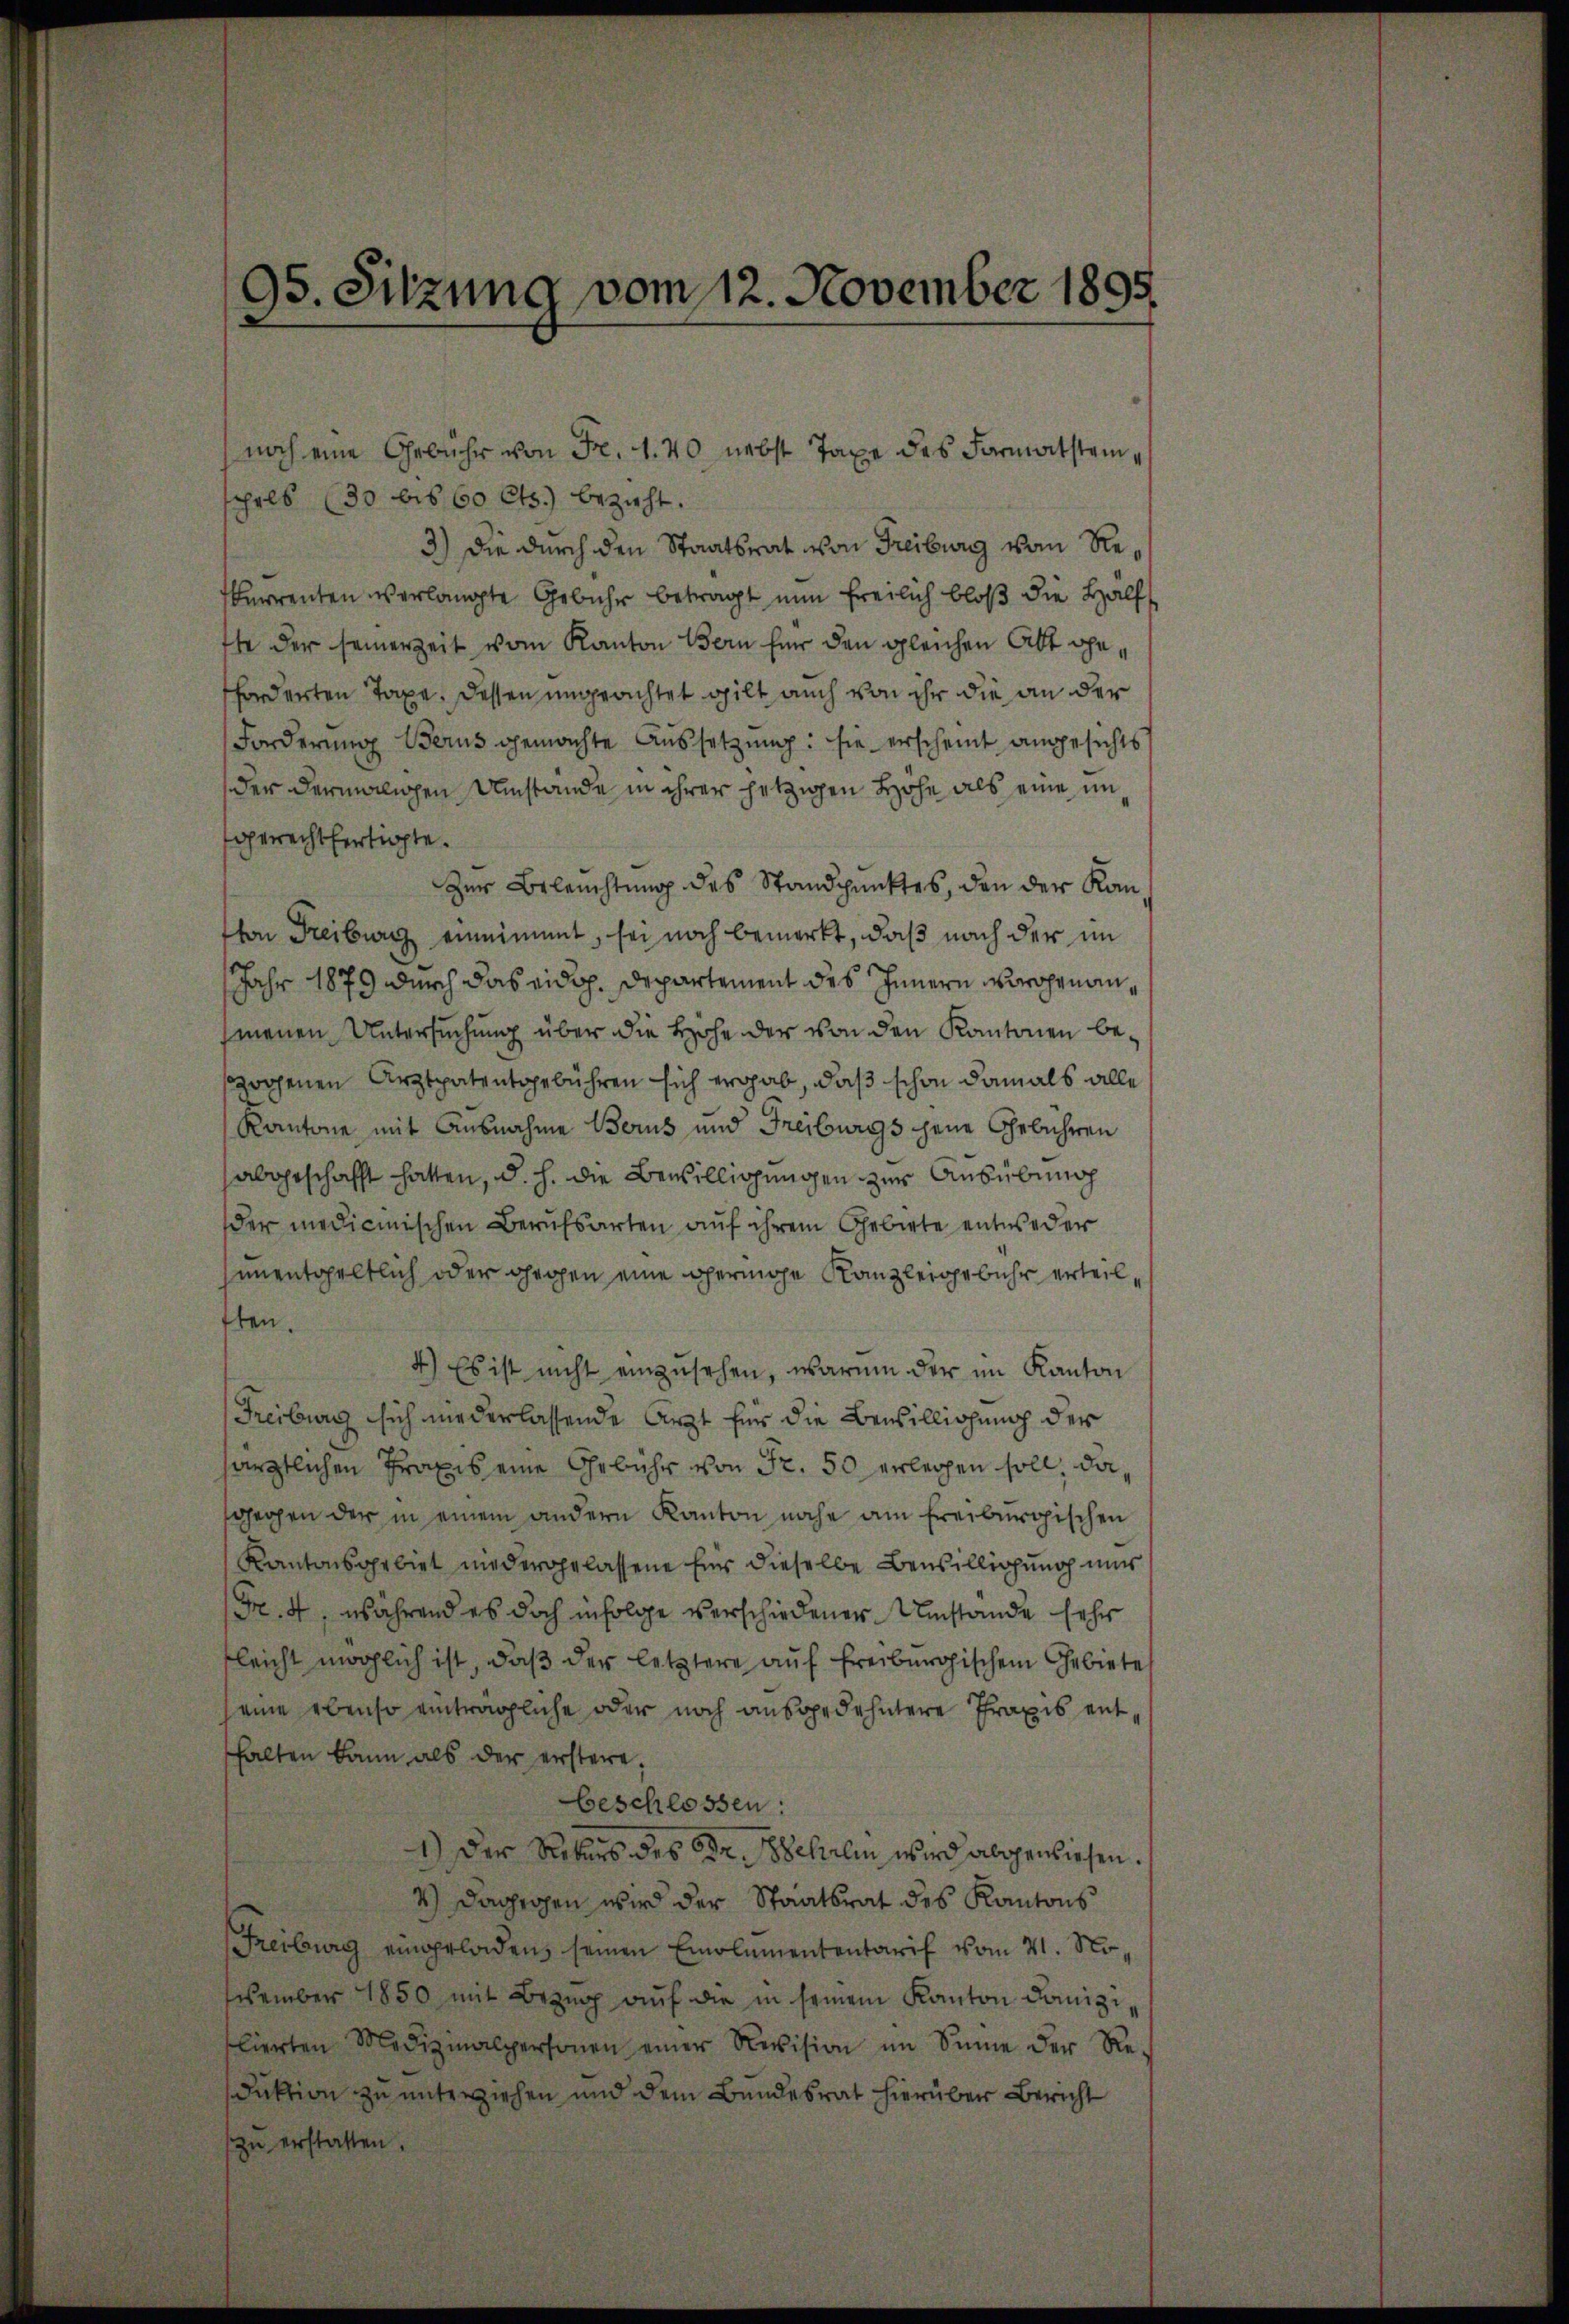
95. Sitzung vom 12. November 1895

schels (30 bis 60 Cts.) bezieht.
3.) Die durch den Staatsrat von Freiburg vom Rekarrenten verlangte Gebühr betragt nun freilich bloß die Hälf
the der seinerzeit vom Kanton Bern für den gleichen Att gefforderten Taxe dessen ungeachtet gilt auch von ihr die an der
Forderung Berus gemachte Aussetzung: sie erscheint angesichts
der dermaligen Umstände in ihrer jetzigen Hohe als eine im
gerechtfertigte.
Zur Beleuchtung des Standpunktes, den der Kanvon Freiburg einnimmt, sei noch bemerkt, daß nach der im
Jahr 1879 durch das eidg. Departement des Innern vorogenanmenen Untersuchung über die Höhe der von den Kantonen bezogenen Arztpatentgebühren sich ergab, daß schon damals alle
Kantone mit Ausnahme Berus und Freiburgs jene Gebühren
abgeschafft hatten, d. h. die Bewilligungen zur Ausübung
der medicinischen Berufsarten auf ihrem Gebiete entweder
unentgeltlich oder gegen eine geringe Kanzleigebühr erteil¬
Iten.
4.) Es ist nicht einzusehen, warum der im Kanton
Freiburg sich niederlassende Arzt für die Bewilligung der
särztlichen Praxis eine Gebühr von Fr. 50 erlegen soll, dasgegen der in einem andern Kanton nahe am Freiburgischen
Kantonsgebiet niedergelassene Eins dieselbe Bewilligung nur
Fr. 4, während es doch infolge verschiedener Umstände sehr
leicht möglich ist, daβ der letztere auf freiburgischen Gebietet
eine ebenso einträgliche oder noch ausgedehntere Praxis enthalten kann als der erstere,
beschlossen:
1.) Der Rekurs des Dr. Wehrlin wird abgewiesen.
4) Dagegen wird der Staatsrat des Kantons
Freiburg eingeladen, seinen Emolumententarif vom 21. November 1850 mit Bezug auf die in seinem Kanton domizilierten Medizinalpersonen einer Revision im Sinne der Re-
duktion zu unterziehen und dem Bundesrat hierüber Bericht
zu erstatten.

noch eine Gebühr von Fr. 1. 40 nebst Taxe des Formatstein,